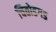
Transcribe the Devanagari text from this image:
चितोडगड